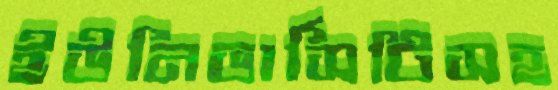
ইউনিভার্সিটিসহ